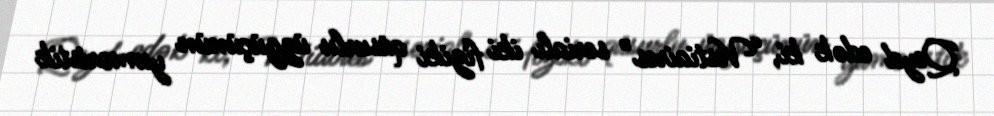
Qeyd edək ki, “Vestiaires” serialı iki fiziki qüsurlu üzgüçünün yumoristik